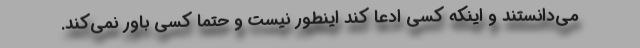
می‌دانستند و اینکه کسی ادعا کند اینطور نیست و حتماً کسی باور نمی‌کند.